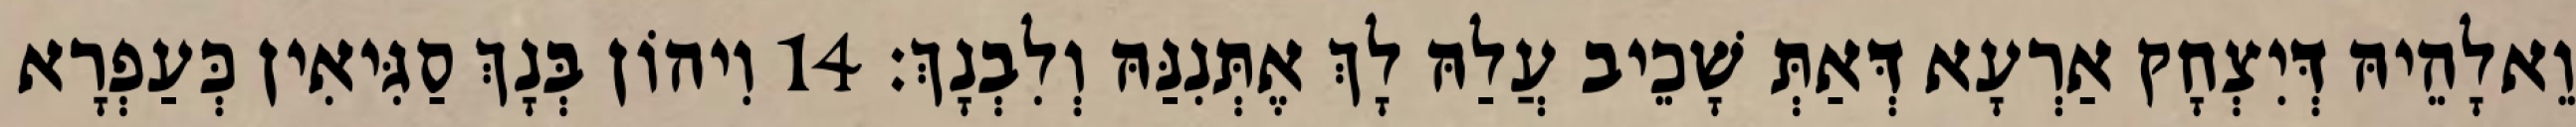
וֵאלָהֵיהּ דְּיִצְחָק אַרְעָא דְּאַתְּ שָׁכֵיב עֲלַהּ לָךְ אֶתְּנִנַּהּ וְלִבְנָךְ׃ 14 וִיהוֹן בְּנָךְ סַגִּיאִין כְּעַפְרָא